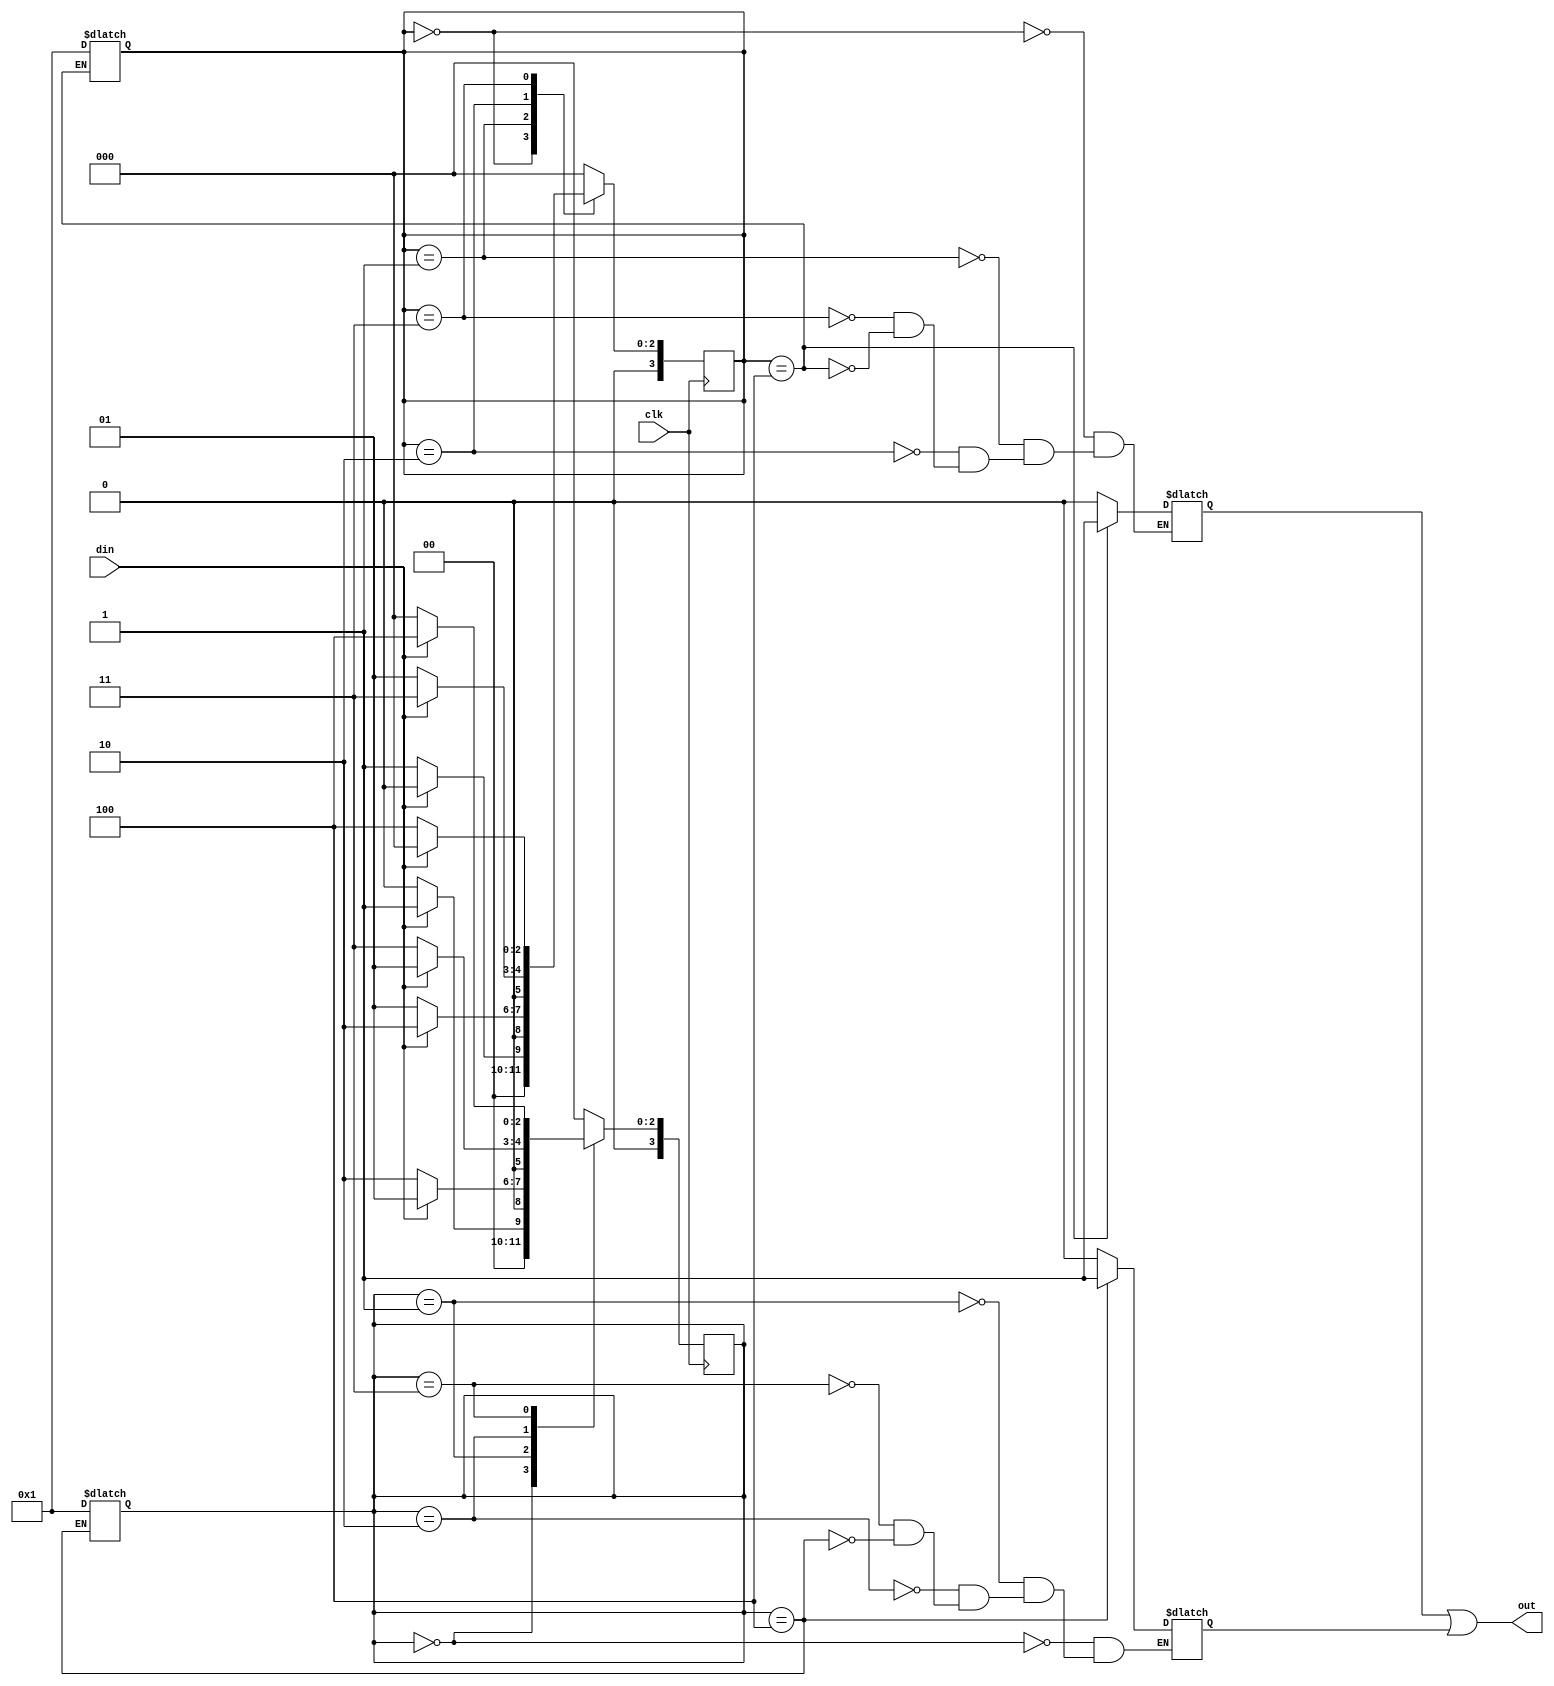
`timescale 1ns / 1ps
//////////////////////////////////////////////////////////////////////////////////
// Company: 
// Engineer: 
// 
// Design Name: 
// Module Name: sequence
// Project Name: 
// Target Devices: 
// Tool Versions: 
// Description: 
// 
// Dependencies: 
// 
// Revision:
// Revision 0.01 - File Created
// Additional Comments:
// 
//////////////////////////////////////////////////////////////////////////////////


module sequence(clk,din,out);
input clk,din;
output out;
parameter s0=0, s1=1, s2=2, s3=3, s4=4;
parameter r0=0, r1=1, r2=2, r3=3, r4=4;
reg [3:0] state,stater;
reg out1,out2;

always@(posedge clk)
    begin
    case(state)
    s0: state <= din? s0:s1;
    s1: state <= din? s2:s1;
    s2: state <= din? s3:s1;
    s3: state <= din? s0:s4;
    default state <= s0;
    endcase
    
    case(stater)
        r0: stater <= din? r1:r0;
        r1: stater <= din? r1:r2;
        r2: stater <= din? r1:r3;
        r3: stater <= din? r4:r0;
        default stater <= r0;
        endcase
    end
    
always@(state)
    begin
    case(state)
    s0: out1 = 1'b0;
    s1: out1 = 1'b0;
    s2: out1 = 1'b0;
    s3: out1 = 1'b0;//din? 1'b0:1'b1;
    s4: begin
       out1 = 1'b1;
       state = s1;
        end
    endcase

    case(stater)
    r0: out2 = 1'b0;
    r1: out2 = 1'b0;
    r2: out2 = 1'b0;
    r3: out2 = 1'b0;
    r4: begin
        out2 = 1'b1;
        stater = r1;
        end
    endcase    
    
    end

or z(out,out1,out2);    
endmodule